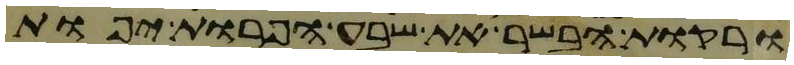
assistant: ורקות הבשר את שבע הפרות יפות